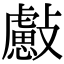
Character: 𣀞